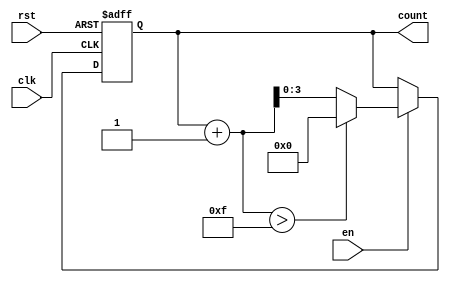
module IncrementalCounter #(
    parameter INIT_VAL = 0,       // Initial value of the counter
    parameter MAX_VAL = 15,       // Maximum value of the counter
    parameter INC_VAL = 1         // Increment value (can be changed as needed)
)(
    input wire clk,               // Clock signal
    input wire rst,               // Asynchronous reset signal
    input wire en,                // Enable signal
    output reg [$clog2(MAX_VAL+1)-1:0] count // Current count value
);

    // Always block for synchronous operation
    always @(posedge clk or posedge rst) begin
        if (rst) begin
            count <= INIT_VAL;    // Reset to initial value
        end else if (en) begin
            // Increment the counter
            if (count + INC_VAL > MAX_VAL) begin
                count <= INIT_VAL; // Wrap around to initial value
            end else begin
                count <= count + INC_VAL; // Increment the count
            end
        end
    end

endmodule